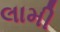
લામી